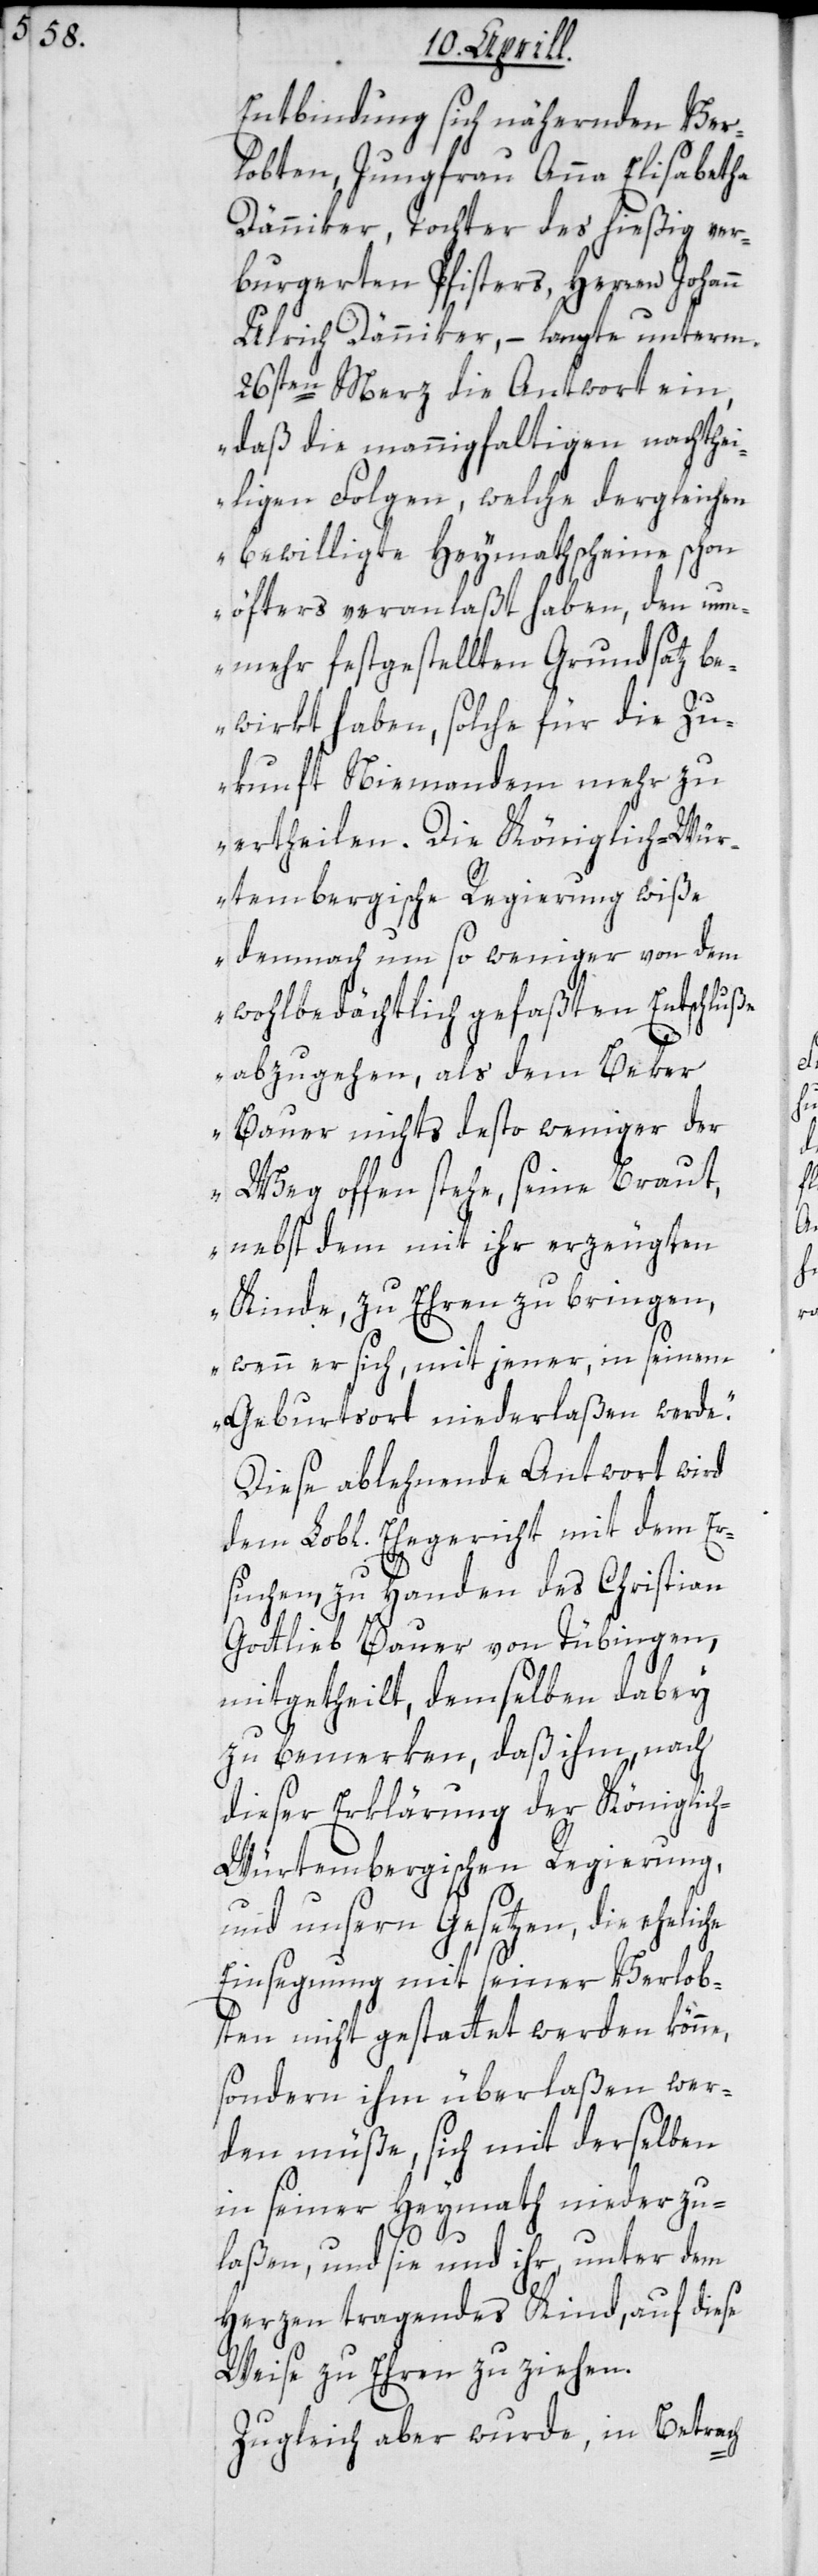
Entbindung sich nähernden Ver¬
lobten, Jungfrau Anna Elisabetha
Dänniker, Tochter des hießig ver¬
burgerten Pfisters, Herren Johann
Ulrich Dänniker, – langte unterm
26sten Merz die Antwort ein,
„daß die mannigfaltigen nachthei¬
ligen Folgen, welche dergleichen
bewilligte Heymathscheine schon
öfters veranlaßt haben, den nu¬
nmehr festgestellten Grundsatz be¬
wirkt haben, solche für die Zu¬
kunft Niemandem mehr zu
ertheilen. Die Königlich-Wür¬
tembergische Regierung wiße
demnach um so weniger von dem
wohlbedächtlich gefaßten Entschluße
abzugehen, als dem Beker
Bauer nichts desto weniger der
Weg offen stehe, seine Braut,
nebst dem mit ihr erzeugten
Kinde, zu Ehren zu bringen,
wenn er sich, mit jener, in seinem
Geburtsort niederlaßen werde“.
Diese ablehnende Antwort wird
dem Lobl. Ehegericht mit dem Er¬
suchen zu Handen des Christian
Gottlieb Bauer von Tübingen
mitgetheilt, demselben dabey
zu bemerken, daß ihm nach
dieser Erklärung der Königlic¬
h-Würtembergischen Regierung
und unsern Gesetzen, die ehelic¬
Einsegnung mit seiner Verlob¬
ten nicht gestattet werden könne,
sondern ihm überlaßen wer¬
den müße, sich mit derselben
in seiner Heymath niederzu¬
he
laßen, und sie und ihr, unter dem
Herzen tragendes Kind, auf diese
Weise zu Ehren zu ziehen.
Zugleich aber wurde, in Betrach-